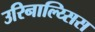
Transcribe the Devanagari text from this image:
उरिनाल्य्सिस